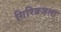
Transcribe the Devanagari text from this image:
गिरिव्रजला